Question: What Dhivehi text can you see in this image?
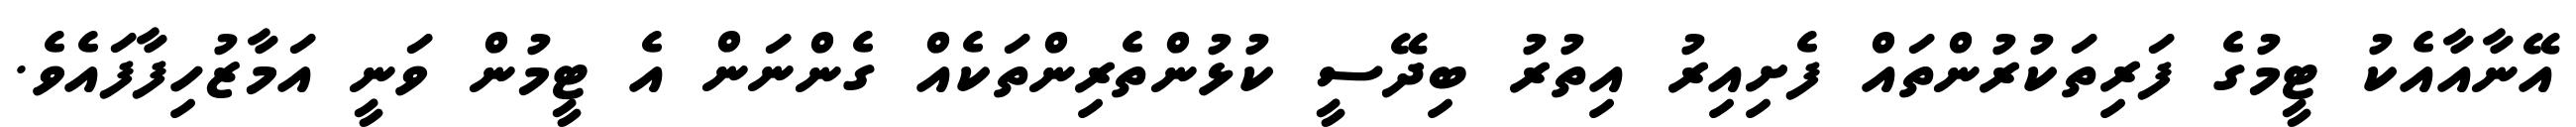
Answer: އޭނާއާއެކު ޓީމުގެ ފަރިތަކުރުންތައް ފެށިއިރު އިތުރު ބިދޭސީ ކުޅުންތެރިންތަކެއް ގެންނަން އެ ޓީމުން ވަނީ އަމާޒުހިފާފައެވެ.